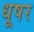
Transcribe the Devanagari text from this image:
धूषर